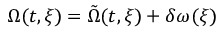
\Omega ( t , \xi ) = \tilde { \Omega } ( t , \xi ) + \delta \omega ( \xi )